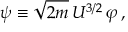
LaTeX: \psi \equiv \sqrt { 2 m } \, U ^ { 3 / 2 } \, \varphi \, ,